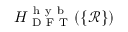
H _ { \mathrm { ~ D ~ F ~ T ~ } } ^ { \mathrm { ~ h ~ y ~ b ~ } } ( \{ \mathcal { R } \} )